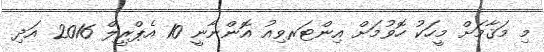
މި މަޤާމަށް މީހަކު ހޮވުމަށް އިންޓަރވިއު އޮންނާނީ 10 އެޕްރީލް 2016 އަދި